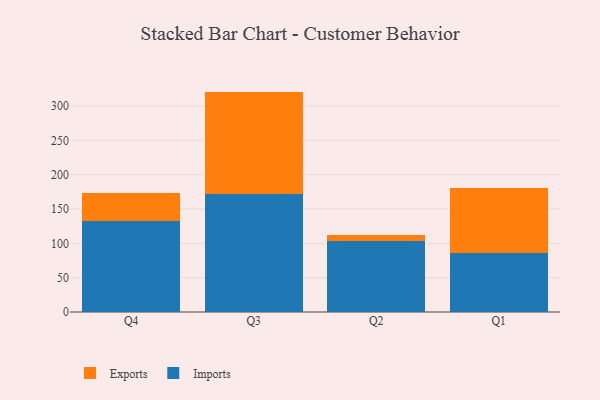
{"axis": {"x": "Quarter", "y": "Page Views"}, "legend": ["Exports", "Imports"], "data": [{"x": "Q4", "y": 132.6, "type": "Imports"}, {"x": "Q4", "y": 41.0, "type": "Exports"}, {"x": "Q3", "y": 171.9, "type": "Imports"}, {"x": "Q3", "y": 149.0, "type": "Exports"}, {"x": "Q2", "y": 103.9, "type": "Imports"}, {"x": "Q2", "y": 8.8, "type": "Exports"}, {"x": "Q1", "y": 85.7, "type": "Imports"}, {"x": "Q1", "y": 95.2, "type": "Exports"}]}